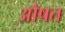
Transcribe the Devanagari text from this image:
औषत